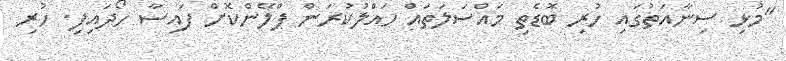
"މުޅި ސިނާއަތުގައި ހުރި ބޮޑެތި މައްސަލަތައް ހައްލުކުރަން ޕްލޭންކޮށް ފައިސާ ހޯދައިފި. ހުރި